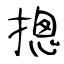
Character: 摠